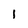
Character: I